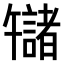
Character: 𫧬